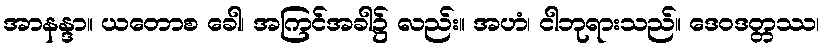
အာနန္ဒာ။ ယတောစ ခေါ၊ အကြင်အခါ၌ လည်း။ အဟံ၊ ငါဘုရားသည်။ ဒေဝဒတ္တဿ၊